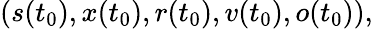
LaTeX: (s(t_{0}),x(t_{0}),r(t_{0}),v(t_{0}),o(t_{0})),